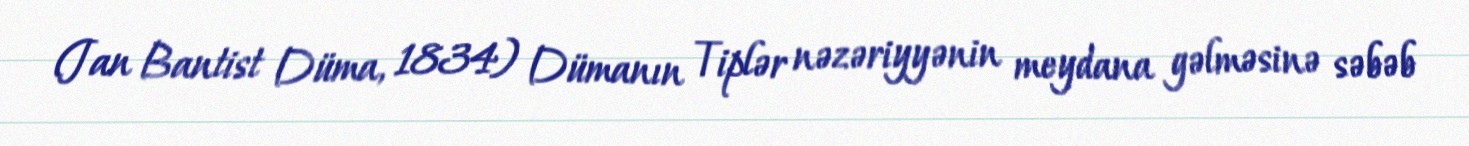
(Jan Bantist Düma, 1834) Dümanın Tiplər nəzəriyyənin meydana gəlməsinə səbəb